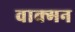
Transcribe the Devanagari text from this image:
वाक्मन